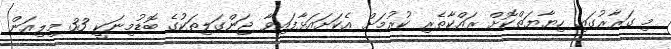
މި ގަރާރުގައި ހިޔާޔަތްކޮށް ރައްކާތެރި ކުރުމަށް އެކަށައަޅާފައިވާ ޖަންގަލިތަކުގެ ބޮޑުމިނަކީ 33 މިލިއަން